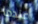
عندما